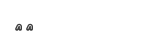
١٧